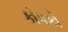
કોપકો